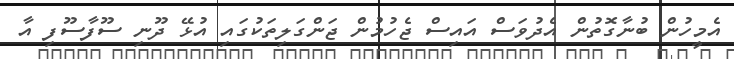
އެމީހުން ބުނާގޮތުން އެދުވަސް އައިސް ޖެހުމުން ޖަންގަލިތަކުގައި އުޅޭ ދޫނި ސޫފާސޫފި އާ